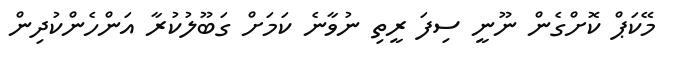
މޭކަޕް ކޮށްގެން ނޫނީ ސިފަ ރީތި ނުވާނެ ކަމަށް ގަބޫލުކުރާ އަންހެންކުދިން